Indian Medical Review
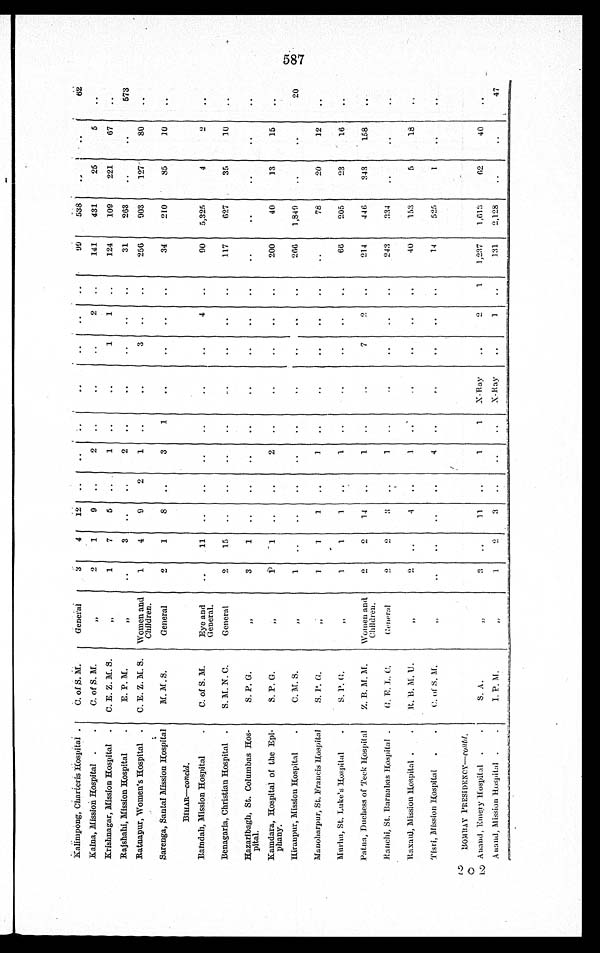
Kalimpong, Charteris Hospital. C. of S. M.
General
3
4 12
99 538
62
Kalna, Mission Hospital
C. of S. M.
„
2
1
9
2
2
141
431
25
5
Krishnagar, Mission Hospital
C. E. Z. M. S.
„
1
7
5
1
1
1
124
109
221
67
Rajshahi, Mission Hospital
E. P. M.
„
3
2
31 263
573
Ratnapur, Women's Hospital
C. E. Z. M. S. Women and
Children.
1
4
9
2 1
3
256
903
127
80
Sarenga, Santal Mission Hospital M. M. S.
General
2
1
8
3 1
34
210
85
1 0
BIHAR—c o n c l d .
Batndah, Mission Hospital
C. of S. M.
Eye and
General.
11
4
90 5,325
4
2
Benagaria, Christian Hospital
S. M. N. C.
General
2 15
117
627
35
1 0
Hazaribagh, St. Columbas Hos-
pital.
S. P. G.
„
3
1
Kamdara, Hospital of the Epi-
phany.
S. P. G.
„
1
1
2
200
40
13
15
Hiranpur, Mission Hospital
C. M. S.
„
1
266 1,849
20
Manoharpur, St. Francis Hospital
S. P. G.
„
1
1 1
1
78
20
12
Murhu, St. Luke's Hospital
S. P. G
„
1
1
1
1
66 205
23
16
Patna, Duchess of T
e c k H o s p i t a l Z. B. M. M. Women and
Children.
2
2 14
1
7
2
214
446
343
158
Ranchi, St. Barnabas Hospital
G. E. L. C.
G e n e r a l
2
2
3
1
243 334
Raxaul, Mission Hospital R. B. M. U
„
2
4
1
40
153
5
18
Tisri, Mission Hospital
C. of S. M.
„
4
14
525
1
B O M B A Y P R E S I D E N C Y —
c o n t d .
Anand, Emery Hospital
S. A
„
3
11
1
1 X-Ray
2
1 1,237 1,613
62
40
Anand, Mission Hospital
I. P. M.
„
1
2
3
X-Ray
1
131 2,128
47
587